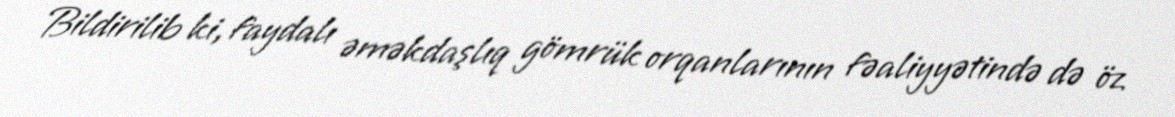
Bildirilib ki, faydalı əməkdaşlıq gömrük orqanlarının fəaliyyətində də öz